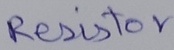
Text: Resistor